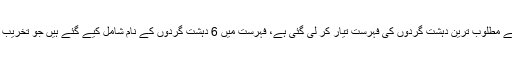
ایکسپریس نیوز کے مطابق محکمہ داخلہ سندھ کی جانب سے مطلوب ترین دہشت گردوں کی فہرست تیار کر لی گئی ہے، فہرست میں 6 دہشت گردوں کے نام شامل کیے گئے ہیں جو تخریب کاری اور دہشت گردی کی مختلف وارداتوں میں ملوث ہیں۔